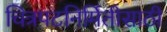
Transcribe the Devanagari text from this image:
चित्रपटनिर्मितीसाठी